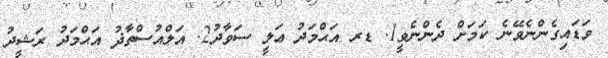
ވަޑައިގެންނެވޭނެ ކަމަށް ދެންނެވީ1. ޑރ އަޙްމަދު ޢަލީ ސަވާދު2. އަލްއުސްތާޛު އަޙްމަދު ރަޝީދު